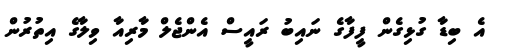
އެ ބިޑާ ގުޅިގެން ފީފާގެ ނައިބު ރައީސް އެންޖެލް މާރިއާ ވިލާގެ އިތުރުން